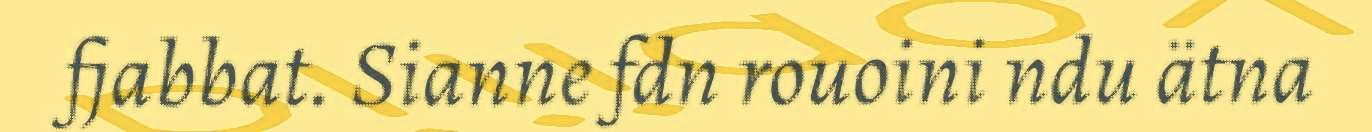
fjabbat. Sianne fdn rouoini ndu ätna